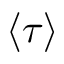
\langle \tau \rangle